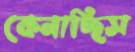
কেনাচ্ছিস